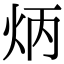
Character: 炳